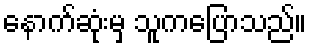
နောက်ဆုံးမှ သူကပြောသည်။